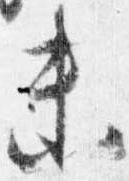
未